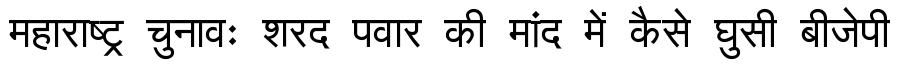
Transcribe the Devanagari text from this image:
महाराष्ट्र चुनावः शरद पवार की मांद में कैसे घुसी बीजेपी